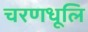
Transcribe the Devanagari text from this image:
चरणधूलि